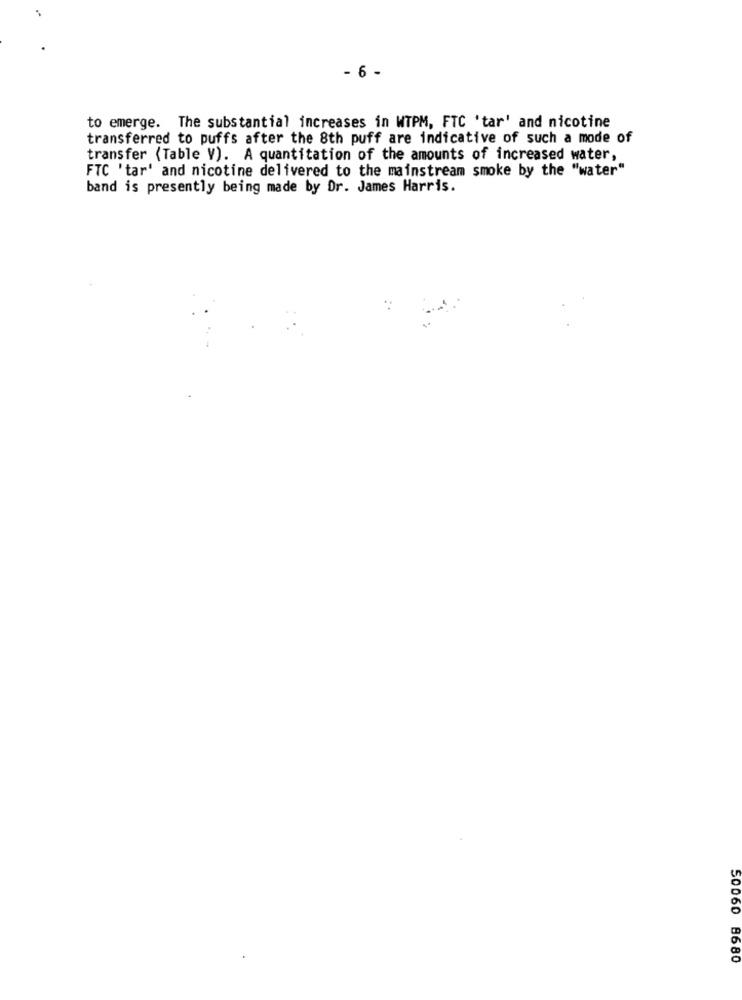
- 6 -
to emerge. The substantial increases in WTPM, FTC 'tar' and nicotine
transferred to puffs after the 8th puff are indicative of such a mode of
transfer (Table V). A quantitation of the amounts of increased water,
FTC 'tar' and nicotine delivered to the mainstream smoke by the "water"
band is presently being made by Dr. James Harris.
50060 8680